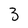
Character: 3